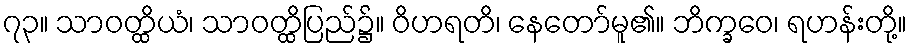
၇၃။ သာဝတ္ထိယံ၊ သာဝတ္ထိပြည်၌။ ဝိဟရတိ၊ နေတော်မူ၏။ ဘိက္ခဝေ၊ ရဟန်းတို့။